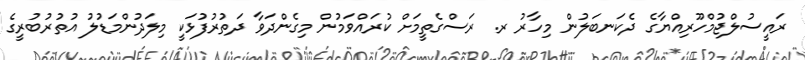
ރައީސުލްޖުމްހޫރިއްޔާގެ ދެކަނބަލުން މިހާރު ރ. ރަސްގެތީމަށް ކުރައްވަމުން މިގެންދަވާ ދަތުރުފުޅަކީ މިލަދުންމަޑުލު އުތުރުބުރީގެ